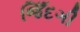
જિઁદગી